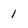
Character: 1